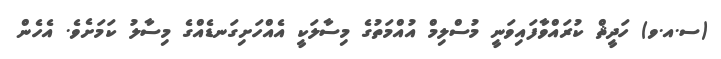
(ސ.އ.ވ) ހަދީޘް ކުރައްވާފައިވަނީ މުސްލިމް އުއްމަތުގެ މިސާލަކީ އެއްހަށިގަނޑެއްގެ މިސާލު ކަމަށެވެ. އެހެން